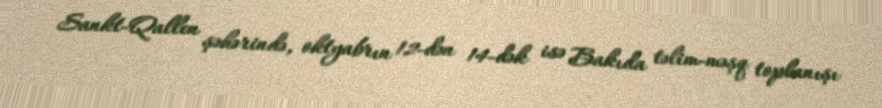
Sankt-Qallen şəhərində, oktyabrın 12-dən 14-dək isə Bakıda təlim-məşq toplanışı